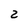
Character: 2